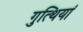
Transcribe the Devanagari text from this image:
गुत्थियां